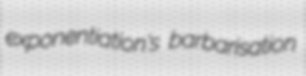
exponentiation's barbarisation